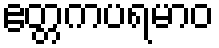
ဧတ္တကပရမာဝ